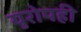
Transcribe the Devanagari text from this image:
युरोपही